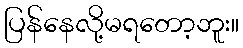
ပြန်နေလို့မရတော့ဘူး။